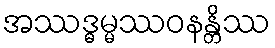
အဿဒ္ဓမ္မဿဝနန္တိဿ